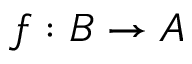
f : B \rightarrow A